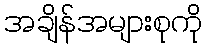
အချိန်အများစုကို